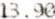
13.90